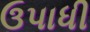
ઉપાધી